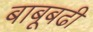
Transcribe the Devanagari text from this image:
बाबूबढी